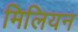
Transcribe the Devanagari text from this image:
मिलियन